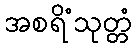
အစရိံသုတ္တံ